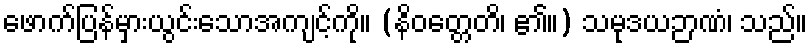
ဖောက်ပြန်မှားယွင်းသောအကျင့်ကို။ (နိဝတ္တေတိ၊ ၏။) သမုဒယဉာဏံ၊ သည်။